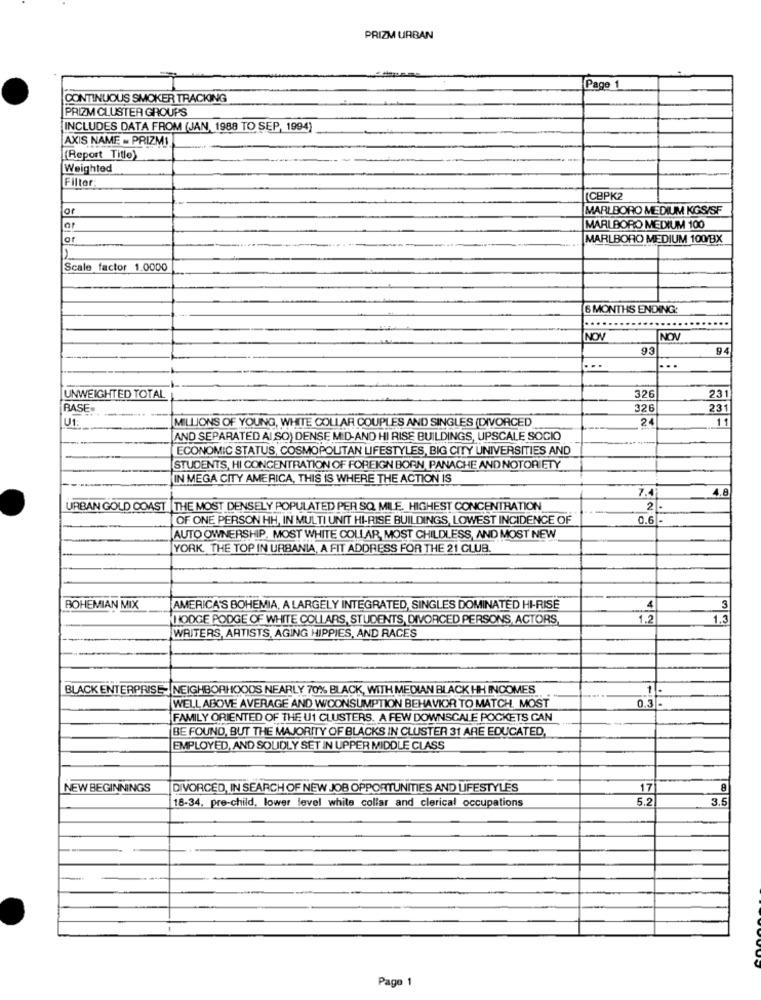
PRIZM URBAN
Page 1
CONTINUOUS SMOKER TRACKING
PRIZM CLUSTER GROUPS
INCLUDES DATA FROM (JAN, 1988 TO SEP, 1994)
AXIS NAME - PRIZMI
(Report Title)
Weighted
Filter
CBPK2
or
MARLBORO MEDIUM KGS/SF
ar
MARLBORO MEDIUM 100
MARLBORO MEDIUM 100/BX
Scale factor 1.0000
6 MONTHS ENDING:
NOV
NOV
93
94
...
UNWEIGHTED TOTAL
326
231
BASE
326
231
U1
MILLIONS OF YOUNG, WHITE COLLAR COUPLES AND SINGLES (DIVORCED
11
AND SEPARATED AI SO) DENSE MID-AND HI RISE BUILDINGS, UPSCALE SOCIO
ECONOMIC STATUS, COSMOPOLITAN LIFESTYLES, BIG CITY UNIVERSITIES AND
STUDENTS, HI CONCENTRATION OF FOREIGN BORN, PANACHE AND NOTORIETY
IN MEGA CITY AMERICA, THIS IS WHERE THE ACTION IS
7.4
1.8
URBAN GOLD COAST |THE MOST DENSELY POPULATED PER SQ. MILE. HIGHEST CONCENTRATION
2
OF ONE PERSON HH, IN MULTI UNIT HI-RISE BUILDINGS, LOWEST INCIDENCE OF
0.6 -
AUTO OWNERSHIP, MOST WHITE COLLAR, MOST CHILDLESS, AND MOST NEW
YORK. THE TOP IN URBANIA, A FIT ADDRESS FOR THE 21 CLUB.
4
3
BOHEMIAN MIX
AMERICA'S BOHEMIA, A LARGELY INTEGRATED, SINGLES DOMINATED HI-RISE
HODGE PODGE OF WHITE COLLARS, STUDENTS, DIVORCED PERSONS, ACTORS,
1.2
1.3
WRITERS, ARTISTS, AGING HIPPIES, AND RACES
BLACK ENTERPRISE- NEIGHBORHOODS NEARLY 70% BLACK, WITH MEDIAN BLACK HH INCOMES
1
WELL ABOVE AVERAGE AND WCONSUMPTION BEHAVIOR TO MATCH, MOST
0.3
FAMILY ORIENTED OF THE U1 CLUSTERS. A FEW DOWNSCALE POCKETS CAN
BE FOUND, BUT THE MAJORITY OF BLACKS IN CLUSTER 31 ARE EDUCATED,
EMPLOYED, AND SQUIDLY SET IN UPPER MIDDLE CLASS
NEW BEGINNINGS
DIVORCED, IN SEARCH OF NEW JOB OPPORTUNITIES AND LIFESTYLES
17
8
18-34. pre-child, lower level white collar and clerical occupations
5.2
3.5
Pago 1